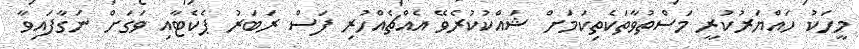
މީހަކު ހައްޔަރުކުރީ މަސްތުވާތަކެތިކަމަށް ޝައްކުކުރެވޭ އެއްޗެއްހުރި ފަސް ރަބަރު ޕެކެޓާއި ވަގަށް ނަގާފައިވާ